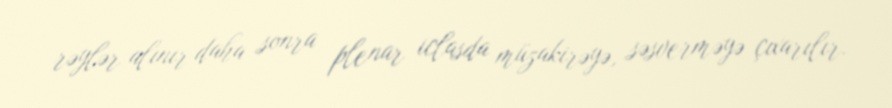
rəylər alınır daha sonra plenar iclasda müzakirəyə, səsverməyə çıxarılır.